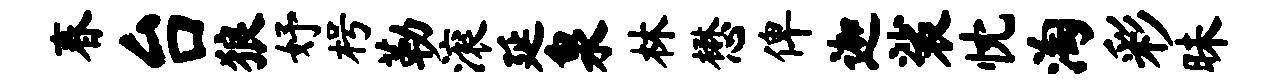
春台狼妤枵勒滚延泉林懋俾迦裟忱淘彩昧